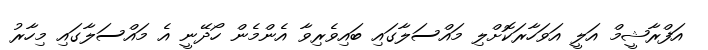
އަފްރާޝީމް އަލީ އަވަހާރަކޮށްލި މައްސަލާގައި ބައިވެރިވާ އެންމެން ހޯދޭނީ އެ މައްސަލާގައި މިހާރު